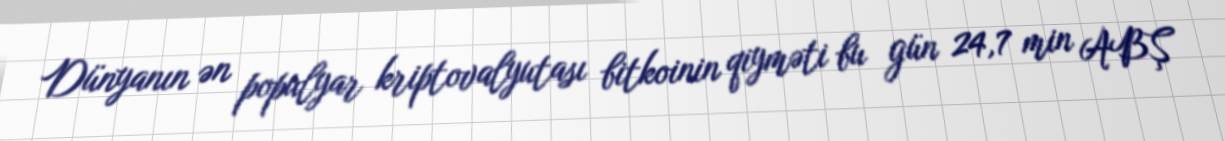
Dünyanın ən populyar kriptovalyutası bitkoinin qiyməti bu gün 24,7 min ABŞ